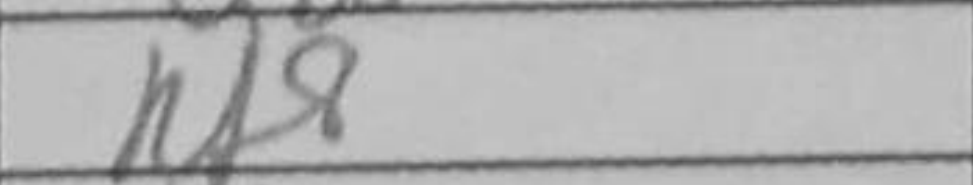
Transcription: Rf8